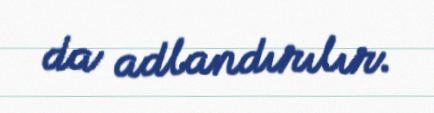
da adlandırılır.